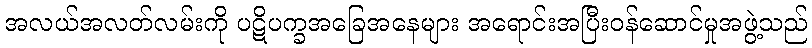
အလယ်အလတ်လမ်းကို ပဋိပက္ခအခြေအနေများ အရောင်းအပြီးဝန်ဆောင်မှုအဖွဲ့သည်